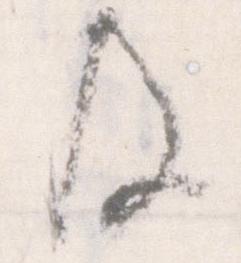
及